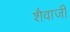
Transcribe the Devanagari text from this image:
शैवाजी